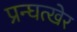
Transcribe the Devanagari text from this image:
प्रन्घत्खेर